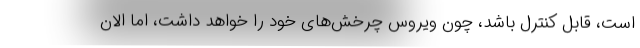
است، قابل کنترل باشد، چون ویروس چرخش‌های خود را خواهد داشت، اما الان